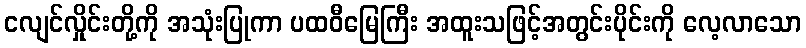
ငလျင်လှိုင်းတို့ကို အသုံးပြုကာ ပထဝီမြေကြီး အထူးသဖြင့်အတွင်းပိုင်းကို လေ့လာသော